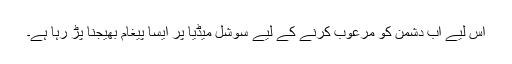
اس لیے اب دشمن کو مرعوب کرنے کے لیے سوشل میڈیا پر ایسا پیغام بھیجنا پڑ رہا ہے۔